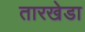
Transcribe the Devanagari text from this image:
तारखेडा